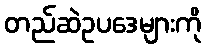
တည်ဆဲဥပဒေများကို